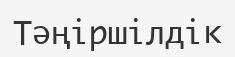
Тәңіршілдік